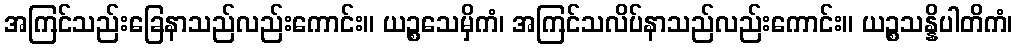
အကြင်သည်းခြေနာသည်လည်းကောင်း။ ယဉ္စသေမှိကံ၊ အကြင်သလိပ်နာသည်လည်းကောင်း။ ယဉ္စသန္နိပါတိကံ၊